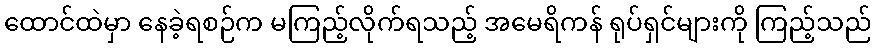
ထောင်ထဲမှာ နေခဲ့ရစဉ်က မကြည့်လိုက်ရသည့် အမေရိကန် ရုပ်ရှင်များကို ကြည့်သည်